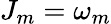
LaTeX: J_{m}=\omega_{m}